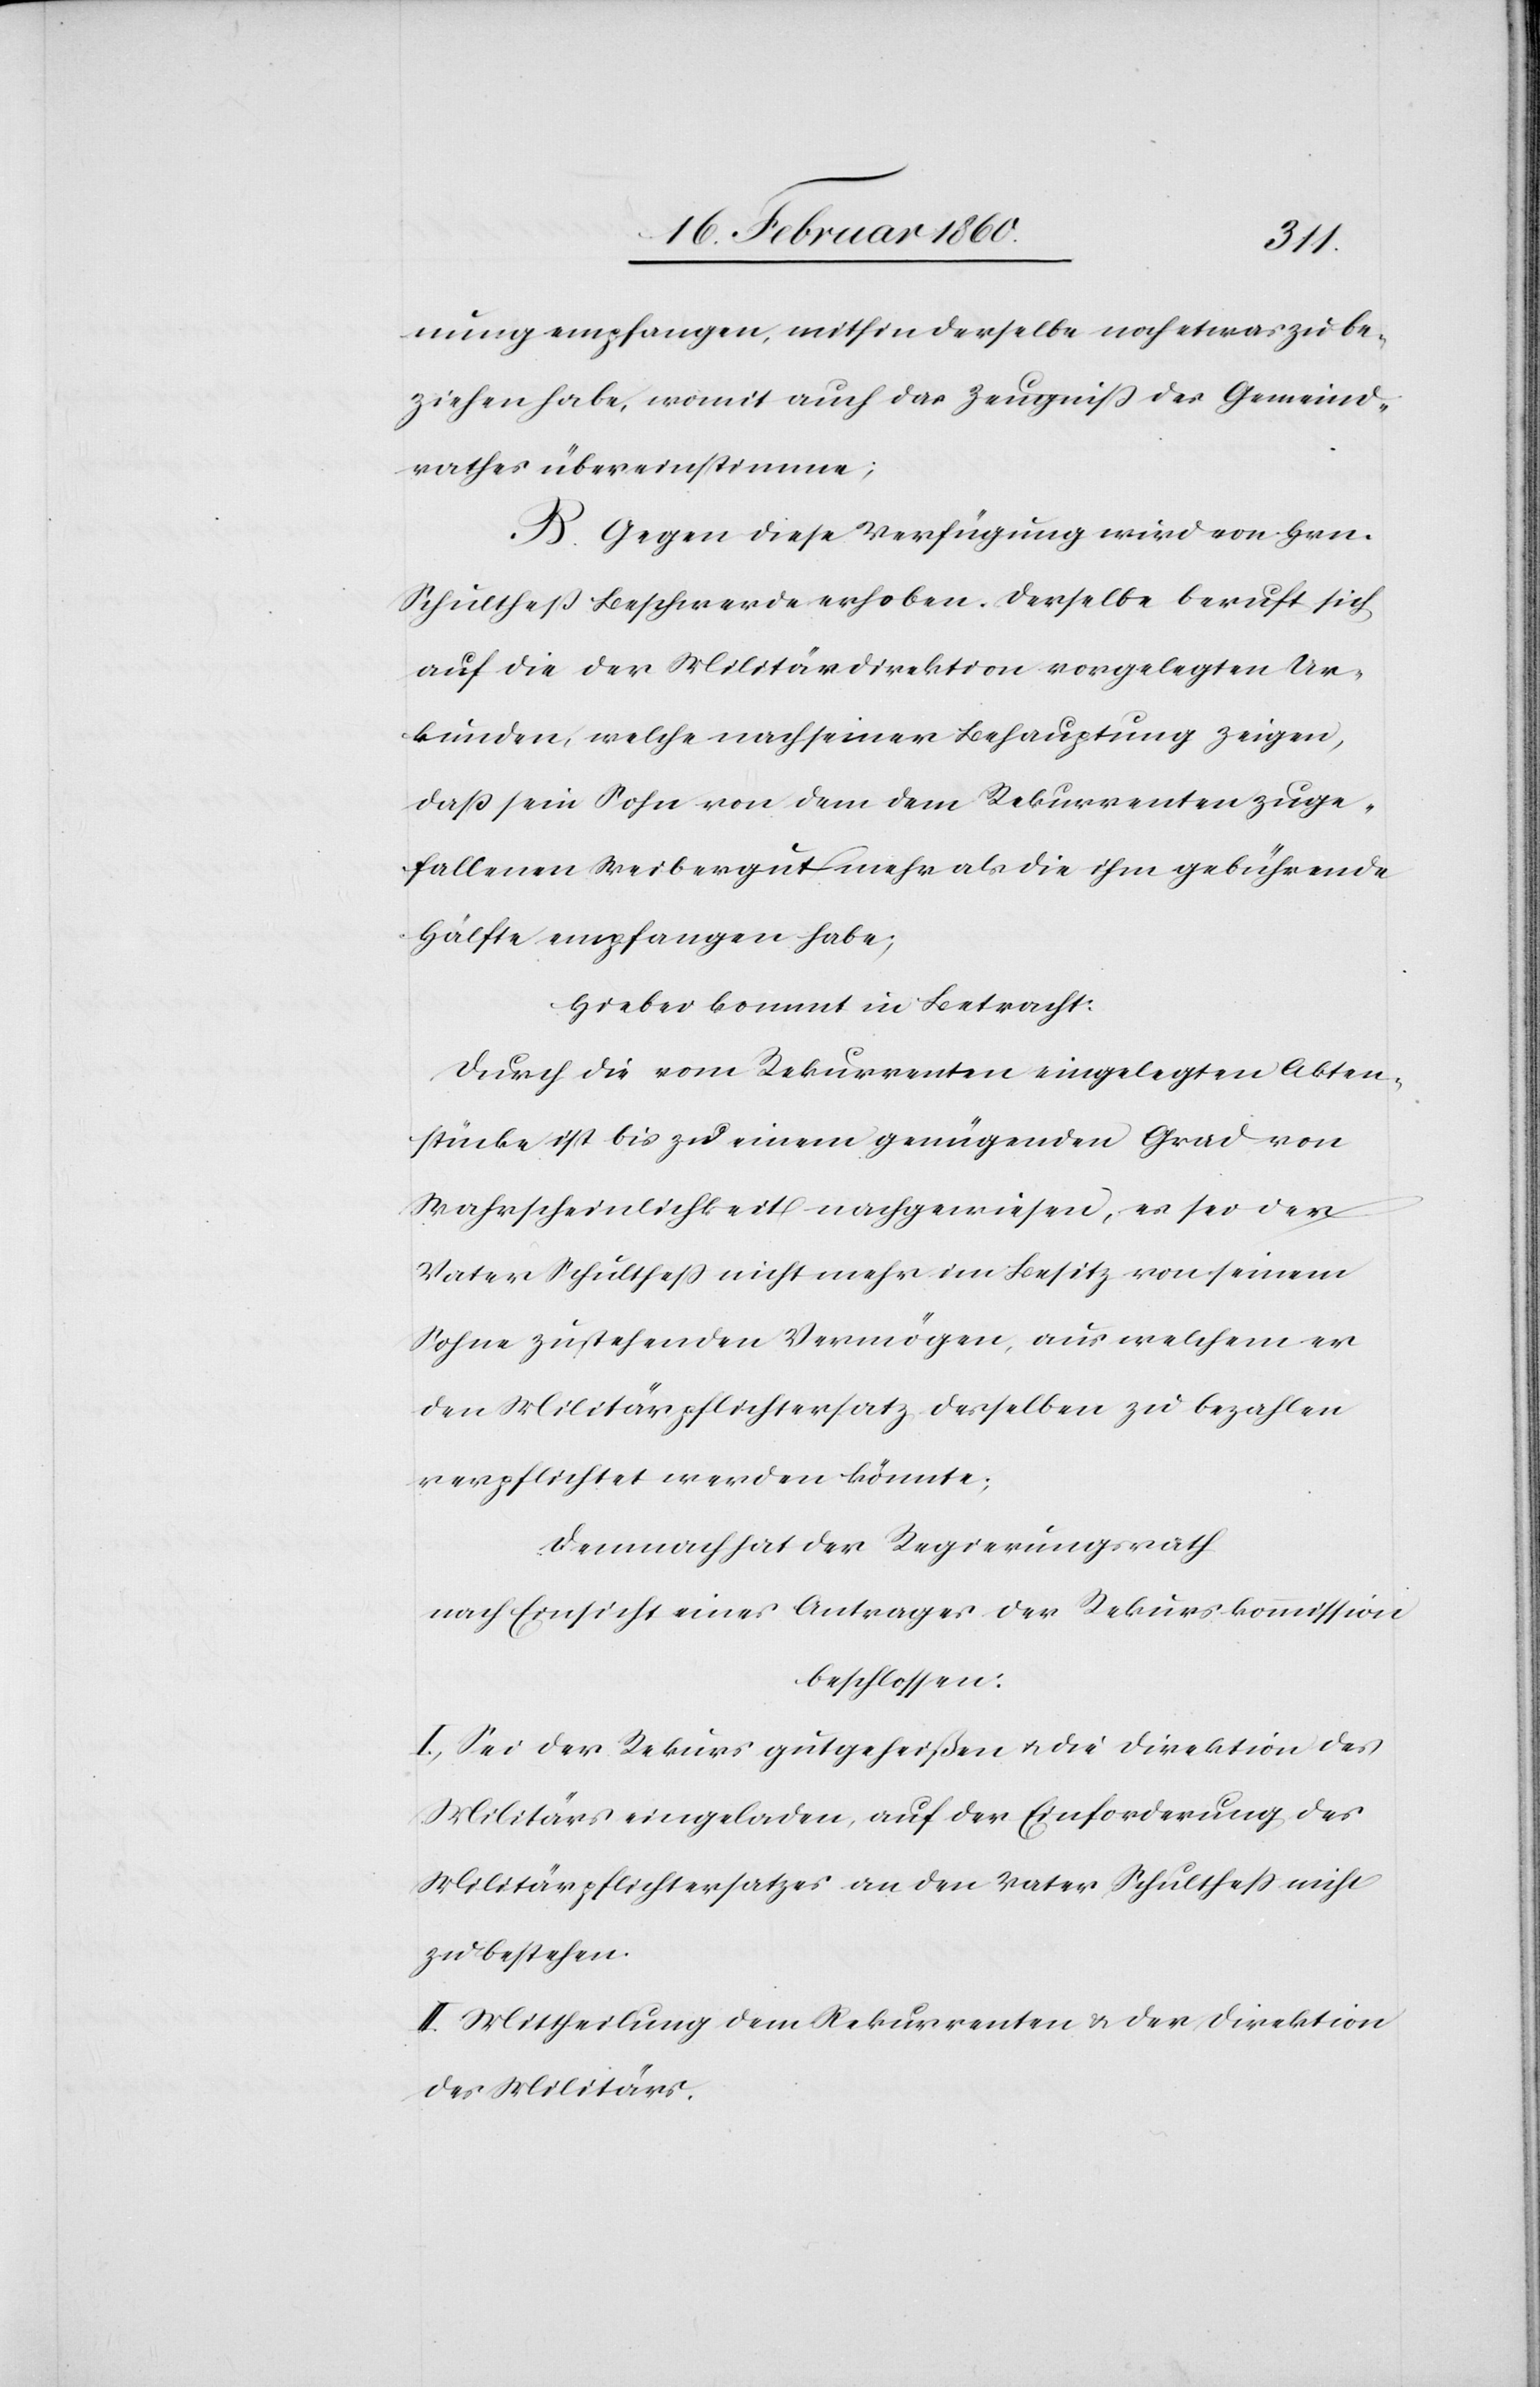
nung empfangen, mithin derselbe noch etwas zu be¬
ziehen habe, womit auch das Zeugniß des Gemeind¬
rathes übereinstimme;
B. Gegen diese Verfügung wird von Hrn.
Schulthess Beschwerde erhoben. Derselbe beruft sich
auf die der Militärdirektion vorgelegten Ur¬
kunden, welche nach seiner Behauptung zeigen,
dass sein Sohn von dem dem Rekurrenten zuge¬
fallenen Weibergut mehr als die ihm gebührende
Hälfte empfangen habe,
Hiaber [sic!] kommt in Betracht:
Durch die vom Rekurrenten eingelegten Akten¬
stücke ist bis zu einem genügenden Grad von
Wahrscheinlichkeit nachgewiesen, es sei der
Vater Schulthess nicht mehr im Besitz von seinem
Sohne zustehenden Vermögen, aus welchem er
den Militärpflichtersatz derselben zu bezahlen
verpflichtet werden könnte;
Demnach hat der Regierungsrath
nach Einsicht eines Antrages der Rekurskommission
beschlossen:
I. Sei der Rekurs gutgeheißen u. die Direktion des
Militärs eingeladen, auf der Einforderung des
Militärpflichtersatzes an den Vater Schulthess nicht
zu bestehen.
II. Mittheilung dem Rekurrenten u. der Direktion
des Militärs.